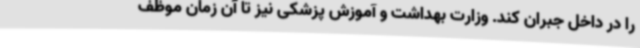
را در داخل جبران کند. وزارت بهداشت و آموزش پزشکی نیز تا آن زمان موظف